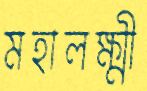
মহালক্ষ্মী